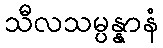
သီလသမ္ပန္နာနံ